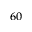
^ { 6 0 }